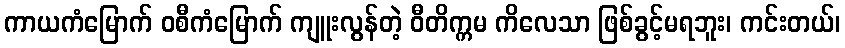
ကာယကံမြောက် ဝစီကံမြောက် ကျူးလွန်တဲ့ ဝီတိက္ကမ ကိလေသာ ဖြစ်ခွင့်မရဘူး၊ ကင်းတယ်၊